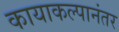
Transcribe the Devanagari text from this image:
कायाकल्पानंतर